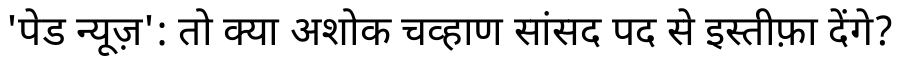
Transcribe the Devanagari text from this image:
'पेड न्यूज़': तो क्या अशोक चव्हाण सांसद पद से इस्तीफ़ा देंगे?